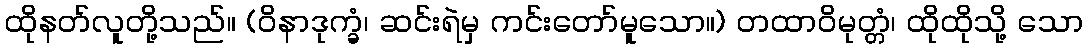
ထိုနတ်လူတို့သည်။ (ဝိနာဒုက္ခံ၊ ဆင်းရဲမှ ကင်းတော်မူသော။) တထာဝိမုတ္တံ၊ ထိုထိုသို့ သော